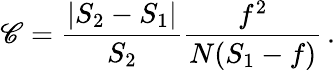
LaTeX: \mathscr{C}={\frac{{|S_{2}-S_{1}|}}{{S_{2}}}}{\frac{{f^{2}}}{{N(S_{1}-f)}}}\, .